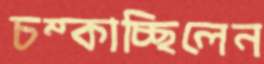
চম্‌কাচ্ছিলেন